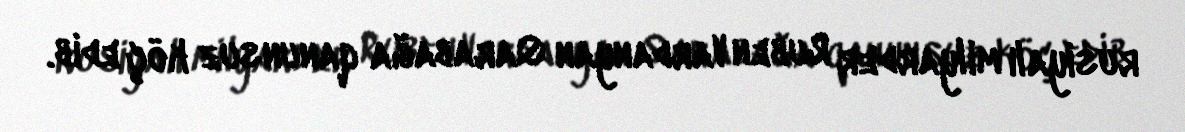
rusiyalı milyarder Ruben Vardanyan Qarabağa qanunsuz köç edib.